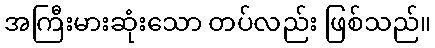
အကြီးမားဆုံးသော တပ်လည်း ဖြစ်သည်။